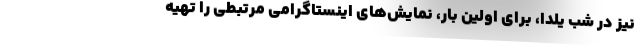
نیز در شب یلدا، برای اولین بار، نمایش‌های اینستاگرامی مرتبطی را تهیه